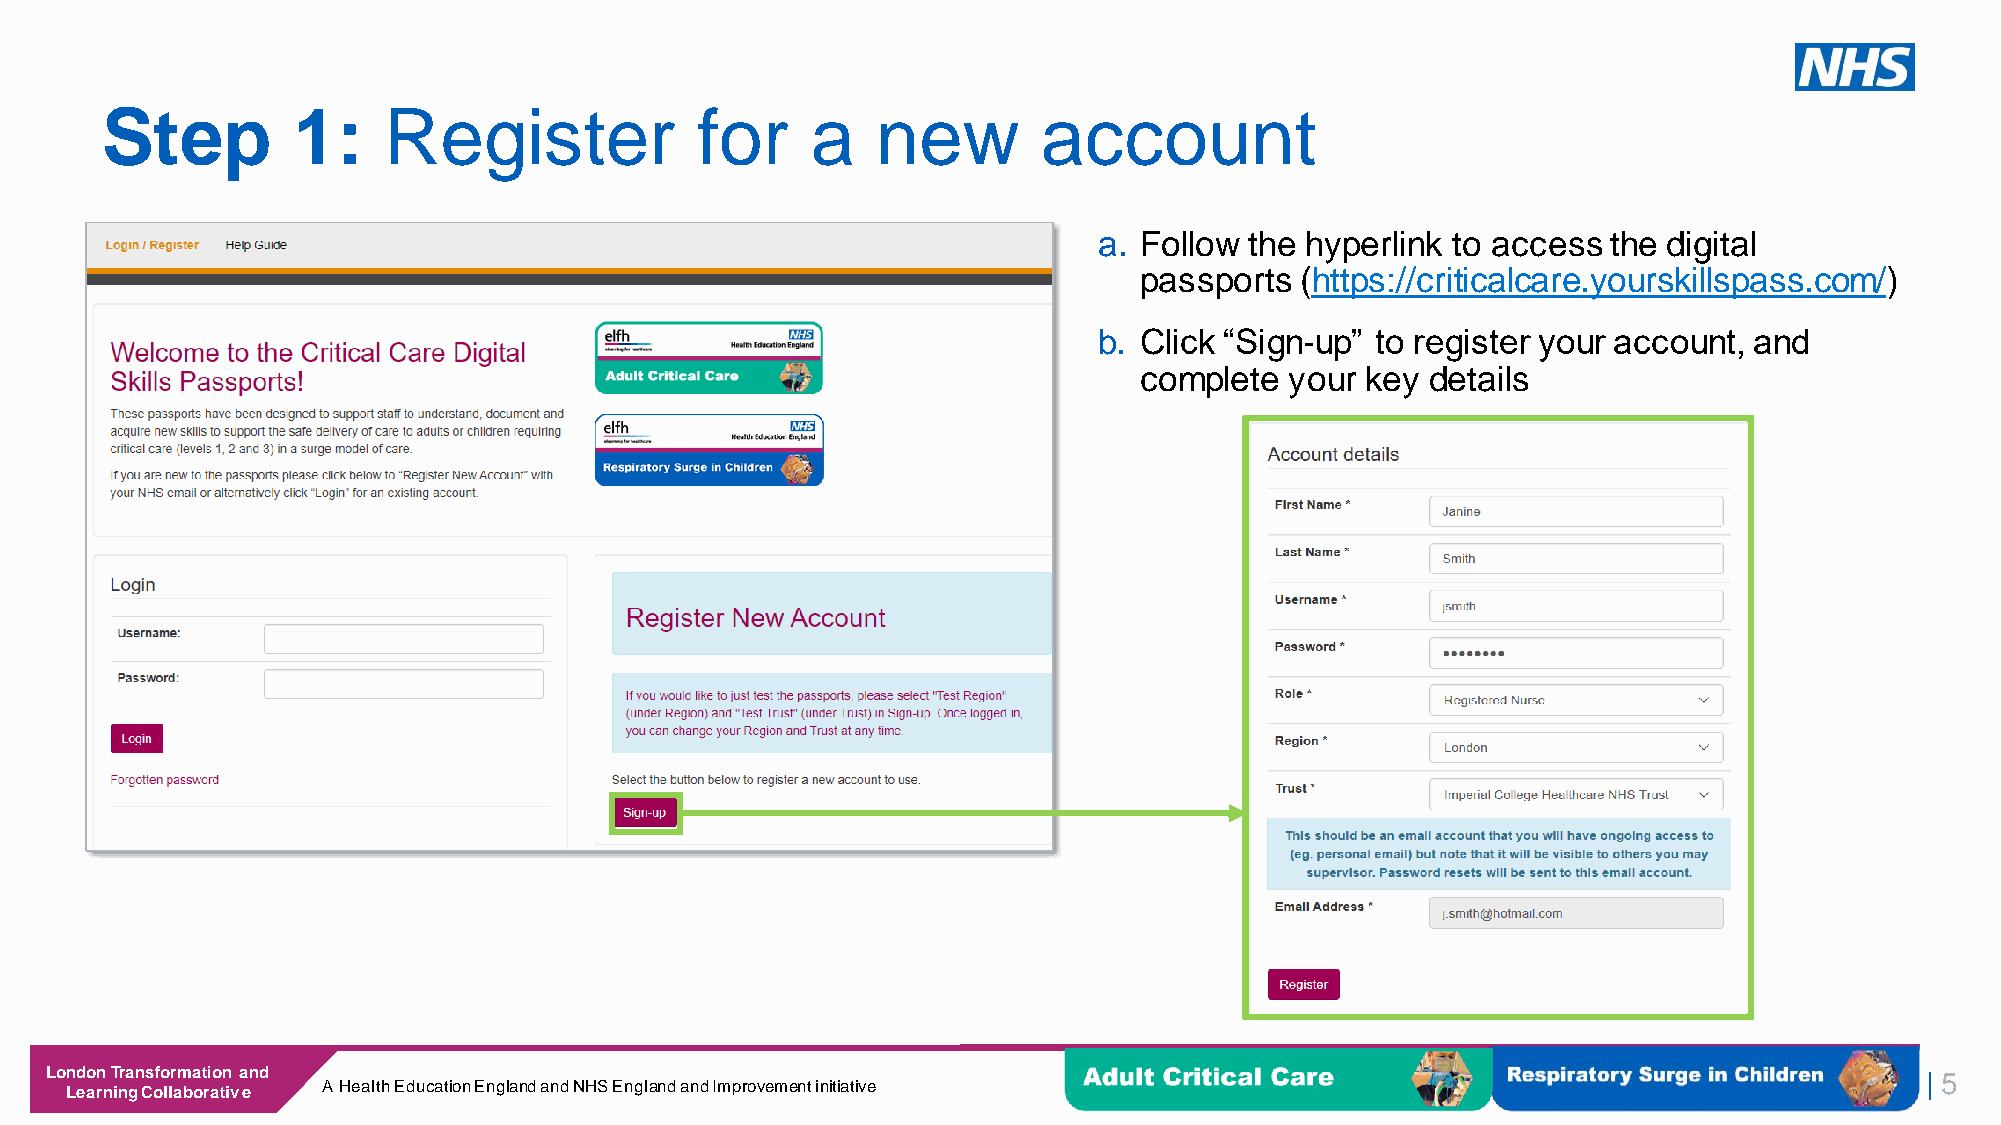
Step        1:    Register             for     a   new        account
 a. Follow the hyperlink to access the digital
 passports  (https://criticalcare.yourskillspass.com/)
 b. Click “Sign-up” to register your account, and
 complete  your key  details
 London Transformation and
 | 5
 Learning Collaborative A Health Education England and NHS England and Improvement initiative